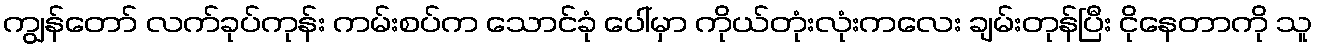
ကျွန်တော် လက်ခုပ်ကုန်း ကမ်းစပ်က သောင်ခုံ ပေါ်မှာ ကိုယ်တုံးလုံးကလေး ချမ်းတုန်ပြီး ငိုနေတာကို သူ